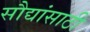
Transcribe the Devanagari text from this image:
सौद्यांसाठी